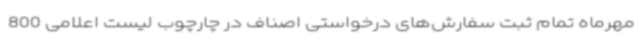
مهرماه تمام ثبت سفارش‌های درخواستی اصناف در چارچوب لیست اعلامی 800